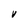
Character: V